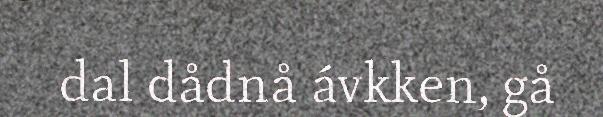
dal dådnå ávkken, gå